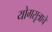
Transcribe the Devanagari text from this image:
योगसूत्राचे